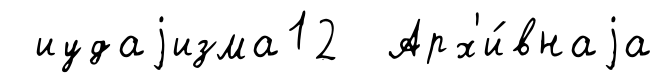
иудаjизма12 Арх'и́внаjа